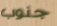
جنوب